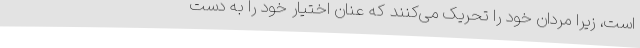
است، زیرا مردان خود را تحریک می‌کنند که عنان اختیار خود را به دست